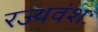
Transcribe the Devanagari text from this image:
रज्यवंशः